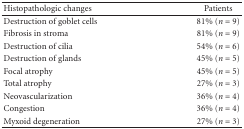
<table><thead><tr><td><b>Histopathologic changes</b></td><td><b>Patients</b></td></tr></thead><tbody><tr><td>Destruction of goblet cells</td><td>81% (<i>n</i> = 9)</td></tr><tr><td>Fibrosis in stroma</td><td>81% (<i>n</i> = 9)</td></tr><tr><td>Destruction of cilia</td><td>54% (<i>n</i> = 6)</td></tr><tr><td>Destruction of glands</td><td>45% (<i>n</i> = 5)</td></tr><tr><td>Focal atrophy</td><td>45% (<i>n</i> = 5)</td></tr><tr><td>Total atrophy</td><td>27% (<i>n</i> = 3)</td></tr><tr><td>Neovascularization</td><td>36% (<i>n</i> = 4)</td></tr><tr><td>Congestion</td><td>36% (<i>n</i> = 4)</td></tr><tr><td>Myxoid degeneration</td><td>27% (<i>n</i> = 3)</td></tr></tbody></table>